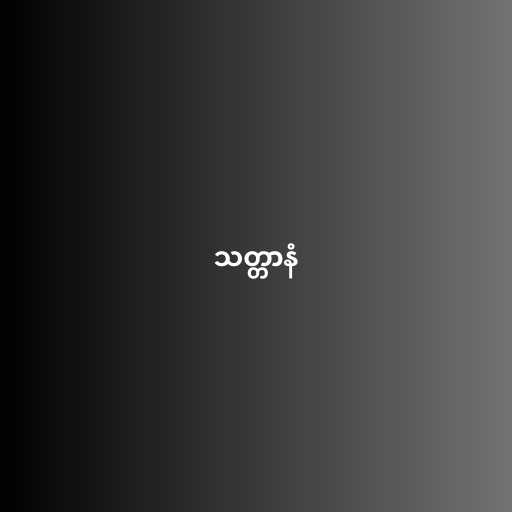
သတ္တာနံ